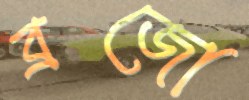
ব্রজো